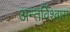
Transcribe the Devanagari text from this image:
अन्तर्विश्वास